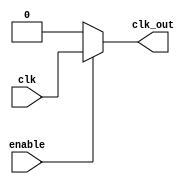
module clock_gating (
    input wire clk,        // Primary clock signal
    input wire enable,     // Enable signal for clock gating
    output wire clk_out    // Gated clock output
);

    // Internal signals for the clock gating logic
    wire clk_enable;      // Intermediate signal for gated clock logic

    // Clock gating logic
    assign clk_enable = enable ? clk : 1'b0; // If enable is high, pass clk, else hold low

    // Gated clock output
    assign clk_out = clk_enable;

endmodule